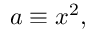
a \equiv x ^ { 2 } ,